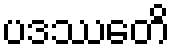
ပဒဿေတိ